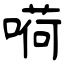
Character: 嗬